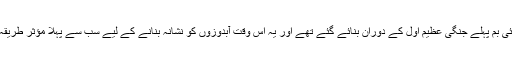
گہرائی بم پہلے جنگی عظیم اوّل کے دوران بنائے گئے تھے اور یہ اُس وقت آبدوزوں کو نشانہ بنانے کے لیے سب سے پہلا مؤثر طریقہ تھا۔